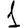
Digit: 1